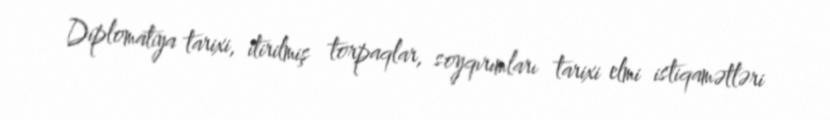
Diplomatiya tarixi, itirilmiş torpaqlar, soyqırımları tarixi elmi istiqamətləri